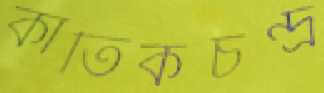
কার্তিকচন্দ্র